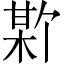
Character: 𪲣